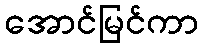
အောင်မြင်ကာ